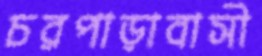
চরপাড়াবাসী